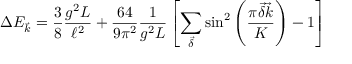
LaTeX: \Delta E _ { \vec { k } } = \frac { 3 } { 8 } \frac { g ^ { 2 } L } { \ell ^ { 2 } } + \frac { 6 4 } { 9 \pi ^ { 2 } } \frac { 1 } { g ^ { 2 } L } \left[ \sum _ { \vec { \delta } } \sin ^ { 2 } \left( \frac { \pi \vec { \delta } \vec { k } } { K } \right) - 1 \right]